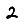
Digit: 2